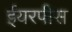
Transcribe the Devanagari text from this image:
ईयरपीस